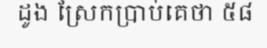
ដូង ស្រែកប្រាប់គេថា ៥៨